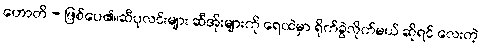
ဟောတိ - ဖြစ်ပေ၏။ဆီပုလင်းများ ဆီအိုးများကို ရေထဲမှာ ရိုက်ခွဲလိုက်မယ် ဆိုရင် လေးတဲ့